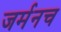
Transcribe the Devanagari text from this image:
जर्मनच